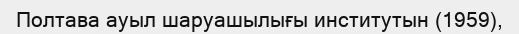
Полтава ауыл шаруашылығы институтын (1959),